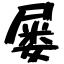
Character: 屡